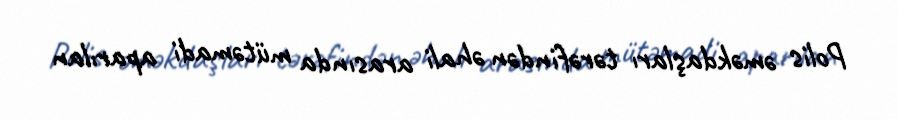
Polis əməkdaşları tərəfindən əhali arasında mütəmadi aparılan